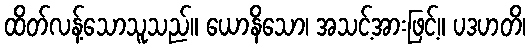
ထိတ်လန့်သောသူသည်။ ယောနိသော၊ အသင့်အားဖြင့်။ ပဒဟတိ၊